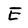
Character: E